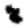
Digit: 8